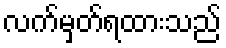
လက်မှတ်ရထားသည်